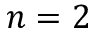
n = 2